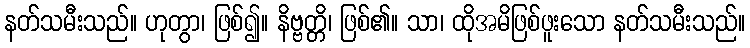
နတ်သမီးသည်။ ဟုတွာ၊ ဖြစ်၍။ နိဗ္ဗတ္တိ၊ ဖြစ်၏။ သာ၊ ထိုအမိဖြစ်ဖူးသော နတ်သမီးသည်။